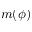
m ( \phi )